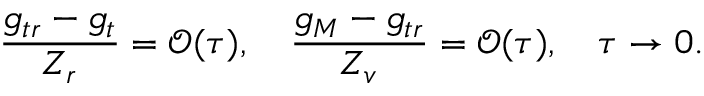
\frac { g _ { t r } - g _ { t } } { Z _ { r } } = \mathcal { O } ( \tau ) , \quad \frac { g _ { M } - g _ { t r } } { Z _ { v } } = \mathcal { O } ( \tau ) , \quad \tau \to 0 .